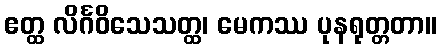
ဧတ္ထ လိင်္ဂဝိသေသတ္ထ၊ မေကဿ ပုနရုတ္တတာ။